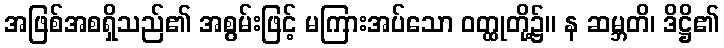
အဖြစ်အစရှိသည်၏ အစွမ်းဖြင့် မကြားအပ်သော ဝတ္ထုတို့၌။ န ဆမ္ဘတိ၊ ဒိဋ္ဌိ၏